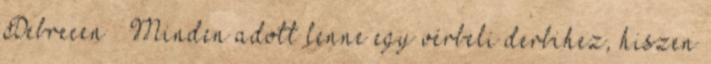
Debrecen – Minden adott lenne egy vérbeli derbihez, hiszen